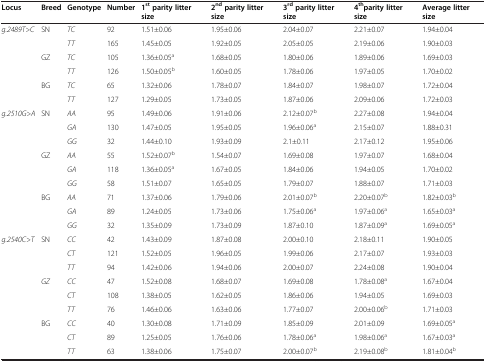
<table><thead><tr><td><b>Locus</b></td><td><b>Breed</b></td><td><b>Genotype</b></td><td><b>Number</b></td><td><b>1<sup>st </sup>parity litter size</b></td><td><b>2<sup>nd </sup>parity litter size</b></td><td><b>3<sup>rd </sup>parity litter size</b></td><td><b>4<sup>th</sup>parity litter size</b></td><td><b>Average litter size</b></td></tr></thead><tbody><tr><td rowspan="6"><i>g.2489T&gt;C</i></td><td rowspan="2">SN</td><td><i>TC</i></td><td>92</td><td>1.51±0.06</td><td>1.95±0.06</td><td>2.04±0.07</td><td>2.21±0.07</td><td>1.94±0.04</td></tr><tr><td><i>TT</i></td><td>165</td><td>1.45±0.05</td><td>1.92±0.05</td><td>2.05±0.05</td><td>2.19±0.06</td><td>1.90±0.03</td></tr><tr><td rowspan="2">GZ</td><td><i>TC</i></td><td>105</td><td>1.36±0.05<sup>a</sup></td><td>1.68±0.05</td><td>1.80±0.06</td><td>1.89±0.06</td><td>1.69±0.03</td></tr><tr><td><i>TT</i></td><td>126</td><td>1.50±0.05<sup>b</sup></td><td>1.60±0.05</td><td>1.78±0.06</td><td>1.97±0.05</td><td>1.70±0.02</td></tr><tr><td rowspan="2">BG</td><td><i>TC</i></td><td>65</td><td>1.32±0.06</td><td>1.78±0.07</td><td>1.84±0.07</td><td>1.98±0.07</td><td>1.72±0.04</td></tr><tr><td><i>TT</i></td><td>127</td><td>1.29±0.05</td><td>1.73±0.05</td><td>1.87±0.06</td><td>2.09±0.06</td><td>1.72±0.03</td></tr><tr><td rowspan="9"><i>g.2510G&gt;A</i></td><td rowspan="3">SN</td><td><i>AA</i></td><td>95</td><td>1.49±0.06</td><td>1.91±0.06</td><td>2.12±0.07<sup>b</sup></td><td>2.27±0.08</td><td>1.94±0.04</td></tr><tr><td><i>GA</i></td><td>130</td><td>1.47±0.05</td><td>1.95±0.05</td><td>1.96±0.06<sup>a</sup></td><td>2.15±0.07</td><td>1.88±0.31</td></tr><tr><td><i>GG</i></td><td>32</td><td>1.44±0.10</td><td>1.93±0.09</td><td>2.1±0.11</td><td>2.17±0.12</td><td>1.95±0.06</td></tr><tr><td rowspan="3">GZ</td><td><i>AA</i></td><td>55</td><td>1.52±0.07<sup>b</sup></td><td>1.54±0.07</td><td>1.69±0.08</td><td>1.97±0.07</td><td>1.68±0.04</td></tr><tr><td><i>GA</i></td><td>118</td><td>1.36±0.05<sup>a</sup></td><td>1.67±0.05</td><td>1.84±0.06</td><td>1.94±0.05</td><td>1.70±0.02</td></tr><tr><td><i>GG</i></td><td>58</td><td>1.51±0.07</td><td>1.65±0.05</td><td>1.79±0.07</td><td>1.88±0.07</td><td>1.71±0.03</td></tr><tr><td rowspan="3">BG</td><td><i>AA</i></td><td>71</td><td>1.37±0.06</td><td>1.79±0.06</td><td>2.01±0.07<sup>b</sup></td><td>2.20±0.07<sup>b</sup></td><td>1.82±0.03<sup>b</sup></td></tr><tr><td><i>GA</i></td><td>89</td><td>1.24±0.05</td><td>1.73±0.06</td><td>1.75±0.06<sup>a</sup></td><td>1.97±0.06<sup>a</sup></td><td>1.65±0.03<sup>a</sup></td></tr><tr><td><i>GG</i></td><td>32</td><td>1.35±0.09</td><td>1.73±0.09</td><td>1.87±0.10</td><td>1.87±0.09<sup>a</sup></td><td>1.69±0.05<sup>a</sup></td></tr><tr><td rowspan="9"><i>g.2540C&gt;T</i></td><td rowspan="3">SN</td><td><i>CC</i></td><td>42</td><td>1.43±0.09</td><td>1.87±0.08</td><td>2.00±0.10</td><td>2.18±0.11</td><td>1.90±0.05</td></tr><tr><td><i>CT</i></td><td>121</td><td>1.52±0.05</td><td>1.96±0.05</td><td>1.99±0.06</td><td>2.17±0.07</td><td>1.93±0.03</td></tr><tr><td><i>TT</i></td><td>94</td><td>1.42±0.06</td><td>1.94±0.06</td><td>2.00±0.07</td><td>2.24±0.08</td><td>1.90±0.04</td></tr><tr><td rowspan="3"><i>GZ</i></td><td><i>CC</i></td><td>47</td><td>1.52±0.08</td><td>1.68±0.07</td><td>1.69±0.08</td><td>1.78±0.08<sup>a</sup></td><td>1.67±0.04</td></tr><tr><td><i>CT</i></td><td>108</td><td>1.38±0.05</td><td>1.62±0.05</td><td>1.86±0.06</td><td>1.94±0.05</td><td>1.69±0.03</td></tr><tr><td><i>TT</i></td><td>76</td><td>1.46±0.06</td><td>1.63±0.06</td><td>1.77±0.07</td><td>2.00±0.06<sup>b</sup></td><td>1.71±0.03</td></tr><tr><td rowspan="3">BG</td><td><i>CC</i></td><td>40</td><td>1.30±0.08</td><td>1.71±0.09</td><td>1.85±0.09</td><td>2.01±0.09</td><td>1.69±0.05<sup>a</sup></td></tr><tr><td><i>CT</i></td><td>89</td><td>1.25±0.05</td><td>1.76±0.06</td><td>1.78±0.06<sup>a</sup></td><td>1.98±0.06<sup>a</sup></td><td>1.67±0.03<sup>a</sup></td></tr><tr><td><i>TT</i></td><td>63</td><td>1.38±0.06</td><td>1.75±0.07</td><td>2.00±0.07<sup>b</sup></td><td>2.19±0.08<sup>b</sup></td><td>1.81±0.04<sup>b</sup></td></tr></tbody></table>